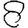
Digit: 8